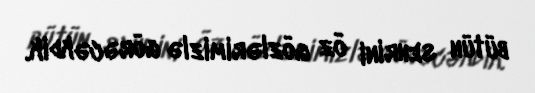
bütün sehrini öz gözlərimizlə görəcəkdik.